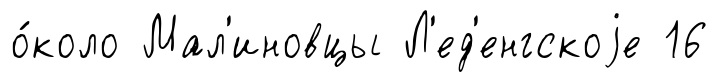
о́коло Мал'иновцы Л'ед'енгскоjе 16